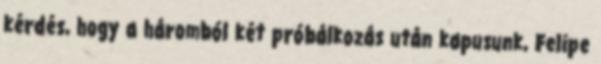
kérdés, hogy a háromból két próbálkozás után kapusunk, Felipe